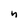
Character: n